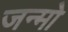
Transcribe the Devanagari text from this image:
जन्मो